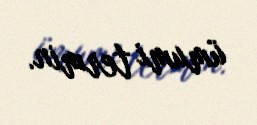
ümumi termin.